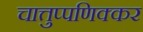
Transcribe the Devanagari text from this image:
चात्तुप्पणिक्कर